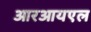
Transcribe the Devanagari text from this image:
आरआयएल